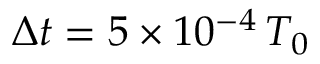
\Delta t = 5 \times 1 0 ^ { - 4 } \, T _ { 0 }